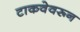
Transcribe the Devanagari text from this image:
टाकवेवरून